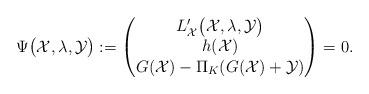
LaTeX: \begin{align*} \Psi\big(\mathcal{X},\lambda,\mathcal{Y}\big) :=\left(\begin{matrix} L_{\mathcal{X}}'\big(\mathcal{X},\lambda,\mathcal{Y}\big)\\ h(\mathcal{X})\\ G(\mathcal{X})-\Pi_{K}(G(\mathcal{X})+\mathcal{Y}) \end{matrix}\right)=0. \end{align*}